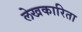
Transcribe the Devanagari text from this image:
लेखकारिता